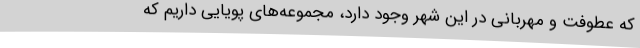
که عطوفت و مهربانی در این شهر وجود دارد، مجموعه‌های پویایی داریم که